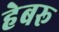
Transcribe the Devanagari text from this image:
हेबरू